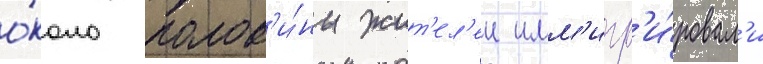
о́коло полов'и́ны жит'ел'еи имм'игр'и́ровал'и